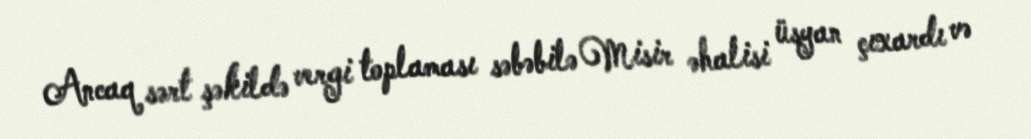
Ancaq sərt şəkildə vergi toplaması səbəbilə Misir əhalisi üsyan çıxardı və